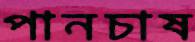
পানচাষ